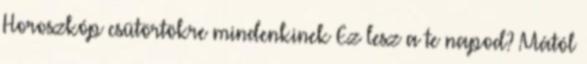
Horoszkóp csütörtökre mindenkinek Ez lesz a te napod? Mától